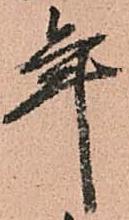
年